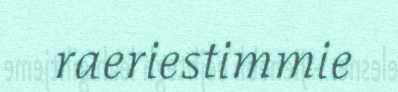
raeriestimmie